Civil Veterinary Department Bihar reports 1940-50 - 1940-1950
Year: 1940
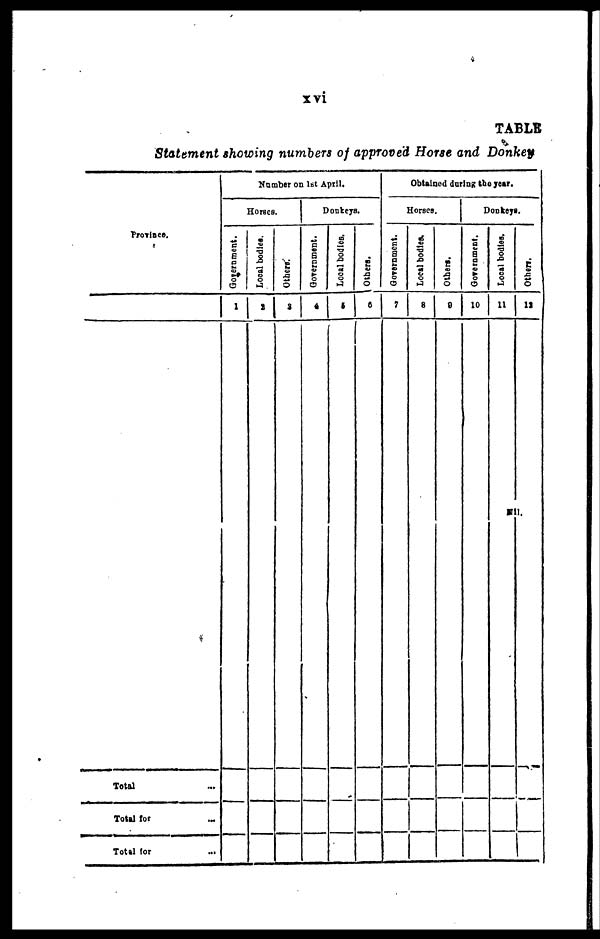
xvi
TABLE
Statement showing numbers of approved Horse and Donkey
Province.
Total ...
Total for ...
Total
for
...
Number on 1st April.
Horses.
Government.
1
Local bodies.
2
Others.
3
Donkeys.
Government.
4
Local bodies.
5
Others.
6
Obtained during the year.
Horses.
Government.
7
Local bodies.
8
Others.
9
Donkeys.
Government.
10
Local bodies.
11
Others.
12
Nill.